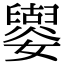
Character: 𡣿